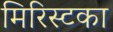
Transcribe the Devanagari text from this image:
मिरिस्टका